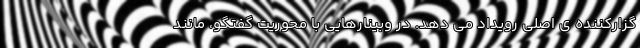
گزارکننده ی اصلی رویداد می دهد. در وبینارهایی با محوریت گفتگو، مانند